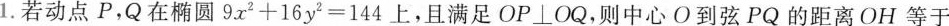
1. 若动点 P，Q在椭圆 $$9 x ^ { 2 } + 1 6 y ^ { 2 } = 1 4 4$$ 上，且满足 OP \bot OQ，则中心 O到弦 PQ 的距离OH 等于